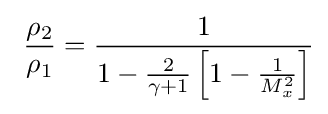
\ {\frac {\rho _{2}}{\rho _{1}}}={\frac {1}{1-{\frac {2}{\gamma +1}}\left[1-{\frac {1}{M_{x}^{2}}}\right]}}